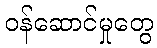
ဝန်ဆောင်မှုတွေ